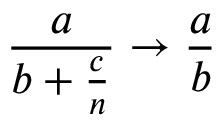
{ \frac { a } { b + { \frac { c } { n } } } } \to { \frac { a } { b } }